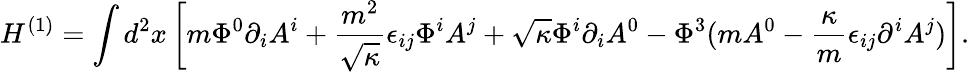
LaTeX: H^{(1)}=\int d^{2}x\left[m\Phi^{0}\partial_{i}A^{i}+\frac{m^{2}}{\sqrt{\kappa}}\epsilon_{ij}\Phi^{i}A^{j}+\sqrt{\kappa}\Phi^{i}\partial_{i}A^{0}-\Phi^{3}(mA^{0}-\frac{\kappa}{m}\epsilon_{ij}\partial^{i}A^{j})\right].